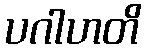
ပဂါဟတိ